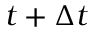
t + \Delta t